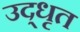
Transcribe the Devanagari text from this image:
उद्‍धृत